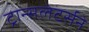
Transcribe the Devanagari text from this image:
ट्रान्सलेटर्सने